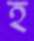
হ